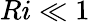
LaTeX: Ri\ll 1